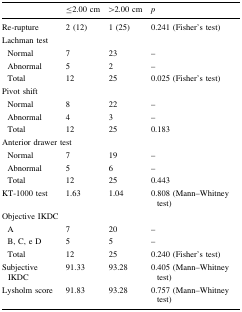
<table><thead><tr><td></td><td><b>≤2.00 cm</b></td><td><b>&gt;2.00 cm</b></td><td><b><i>p</i></b></td></tr></thead><tbody><tr><td>Re-rupture</td><td>2 (12)</td><td>1 (25)</td><td>0.241 (Fisher’s test)</td></tr><tr><td colspan="4">Lachman test</td></tr><tr><td> Normal</td><td>7</td><td>23</td><td>–</td></tr><tr><td> Abnormal</td><td>5</td><td>2</td><td>–</td></tr><tr><td> Total</td><td>12</td><td>25</td><td>0.025 (Fisher’s test)</td></tr><tr><td colspan="4">Pivot shift</td></tr><tr><td> Normal</td><td>8</td><td>22</td><td>–</td></tr><tr><td> Abnormal</td><td>4</td><td>3</td><td>–</td></tr><tr><td> Total</td><td>12</td><td>25</td><td>0.183</td></tr><tr><td colspan="4">Anterior drawer test</td></tr><tr><td> Normal</td><td>7</td><td>19</td><td>–</td></tr><tr><td> Abnormal</td><td>5</td><td>6</td><td>–</td></tr><tr><td> Total</td><td>12</td><td>25</td><td>0.443</td></tr><tr><td>KT-1000 test</td><td>1.63</td><td>1.04</td><td>0.808 (Mann–Whitney test)</td></tr><tr><td colspan="4">Objective IKDC</td></tr><tr><td> A</td><td>7</td><td>20</td><td>–</td></tr><tr><td> B, C, e D</td><td>5</td><td>5</td><td>–</td></tr><tr><td> Total</td><td>12</td><td>25</td><td>0.240 (Fisher’s test)</td></tr><tr><td>Subjective IKDC</td><td>91.33</td><td>93.28</td><td>0.405 (Mann–Whitney test)</td></tr><tr><td>Lysholm score</td><td>91.83</td><td>93.28</td><td>0.757 (Mann–Whitney test)</td></tr></tbody></table>